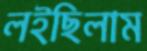
লইছিলাম